Civil Veterinary Department Bihar reports 1940-50 - 1940-1950
Year: 1940
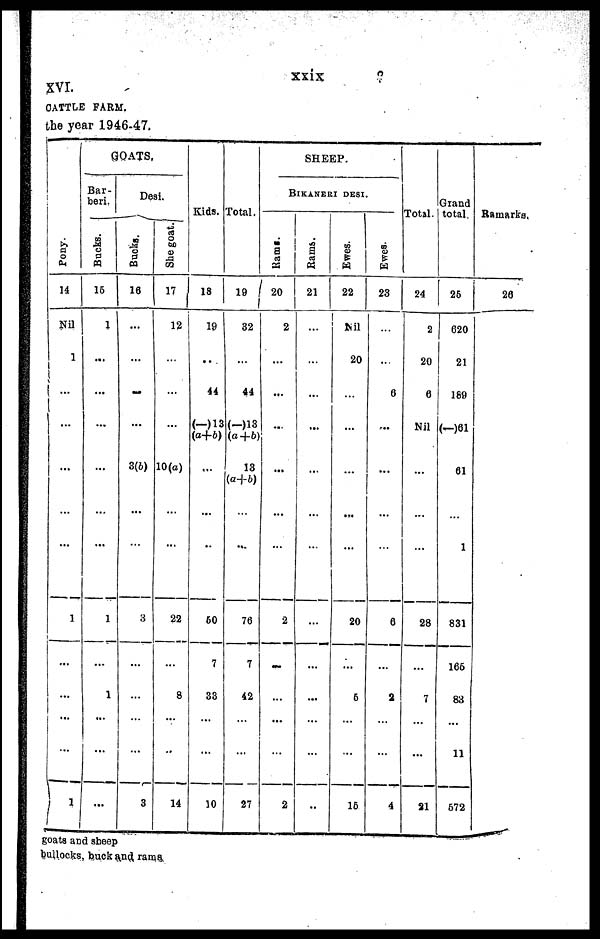
xxix
XVI.
CATTLE FARM.
the year 1946-47.
Pony.
14
Nil
1
...
...
...
...
1
...
...
...
1
GOATS.
Bar-
beri.
Bucks.
15
1
...
...
...
...
...
1
...
1
...
...
Desi
Bucks.
18
...
...
...
...
3(6)
...
3
...
...
...
3
She goat.
17
12
...
...
10(a)
...
22
...
8
..
14
Kids.
18
19
...
44
(-)13
(a+b)
...
..
60
7
33
...
10
Total.
19
32
...
44
(-)13
(a+b)
13
(a+b)
...
76
7
42
...
27
SHEEP.
BIKANERI DESI.
Rams.
20
2
...
...
...
...
...
2
...
...
...
2
Rams.
21
...
...
...
...
...
...
...
...
...
...
..
Ewes.
22
Nil
20
...
...
...
...
20
...
6
...
16
Ewes.
23
..
...
6
...
...
...
6
...
2
...
4
Total.
24
2
20
6
Nil
...
...
28
...
7
...
21
Grand
total.
25
620
21
189
(—)61
61
1
831
166
83
11
572
Ramarks.
26
goats and sheep
bullocks, buck and rams